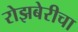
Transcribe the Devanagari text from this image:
रोझबेरीचा